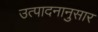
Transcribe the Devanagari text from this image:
उत्पादनानुसार